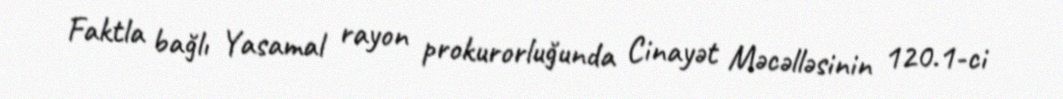
Faktla bağlı Yasamal rayon prokurorluğunda Cinayət Məcəlləsinin 120.1-ci